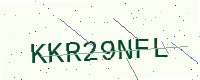
Text: KKR29NFL